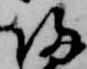
帰